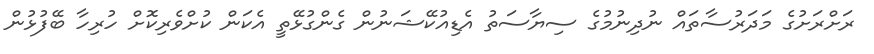
ރަށްރަށުގެ މަދަރުސާތައް ނުދިނުމުގެ ސިޔާސަތު އެޑިއުކޭޝަނުން ގެންގުޅޭތީ އެކަން ކުށްވެރިކޮށް ހުރިހާ ބޭފުޅުން